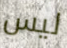
ليس